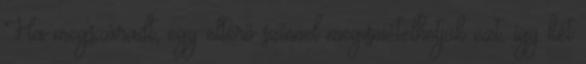
Ha megszáradt, egy eltérő színnel megismételhetjük ezt, így két